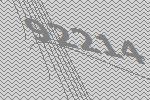
92214